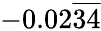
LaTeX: -0.02{\overline{{34}}}